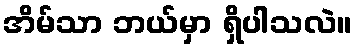
အိမ်သာ ဘယ်မှာ ရှိပါသလဲ။